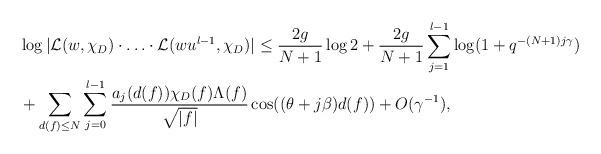
LaTeX: \begin{align*}& \log | \mathcal{L}(w,\chi_D) \cdot \ldots \cdot \mathcal{L}(wu^{l-1},\chi_D) | \leq \frac{2g}{N+1} \log 2 + \frac{2g}{N+1} \sum_{j=1}^{l-1} \log (1+q^{-(N+1) j \gamma})\\& + \sum_{d(f) \leq N} \sum_{j=0}^{l-1} \frac{ a_j(d(f)) \chi_D(f) \Lambda(f)}{\sqrt{|f|}} \cos((\theta+j \beta)d(f)) + O (\gamma^{-1}),\end{align*}